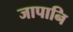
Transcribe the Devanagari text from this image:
जापानि